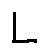
L